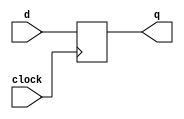
module five (d,q,clock);
input clock;
input d;
output reg q;
always @ ( posedge clock )
q<=d;
endmodule